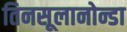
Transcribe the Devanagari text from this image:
तिनसूलानोन्डा